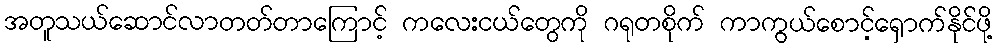
အတူသယ်ဆောင်လာတတ်တာကြောင့် ကလေးငယ်တွေကို ဂရုတစိုက် ကာကွယ်စောင့်ရှောက်နိုင်ဖို့